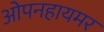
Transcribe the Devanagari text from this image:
ओपनहायमर